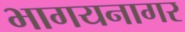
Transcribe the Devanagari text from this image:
भागयनागर